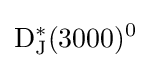
{\rm {D_{J}^{*}(3000)^{0}}}